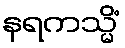
နရကသ္မိံ